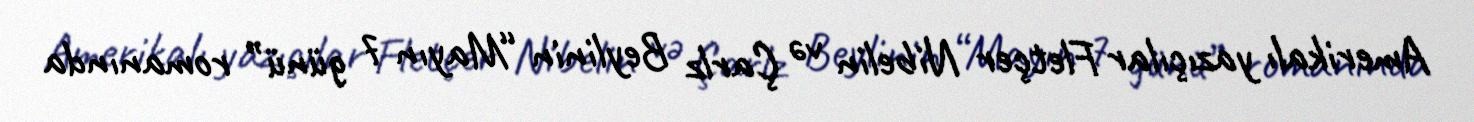
Amerikalı yazıçılar Fletçer Nibelin və Çarlz Beylinin “Mayın 7 günü” romanında